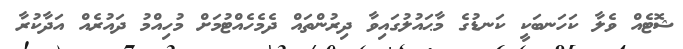
ޝޮޓެއް ވެލާ ކަހަނބަކީ ކަނޑުގެ މާޙައުލުގައިވާ ދިރުންތައް ދެމެހެއްޓުމަށް މުހިއްމު ދައުރެއް އަދާކުރާ